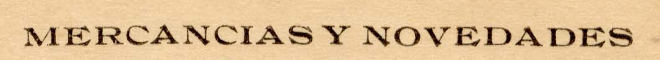
MERCANCIAS Y NOVEDADES